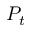
P _ { t }